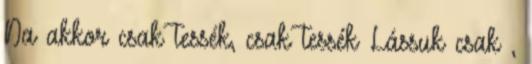
Na akkor csak tessék, csak tessék Lássuk csak ,